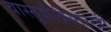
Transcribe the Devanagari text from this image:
वास्तुशैलीसारखी